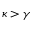
\kappa > \gamma